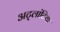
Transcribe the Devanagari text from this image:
अट्लांटिक